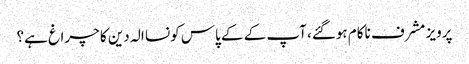
پرویز مشرف ناکام ہوگئے، آپ کے کے پاس کونسا الہ دین کا چراغ ہے؟